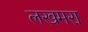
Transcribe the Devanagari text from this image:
लखमरा